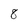
Character: 8